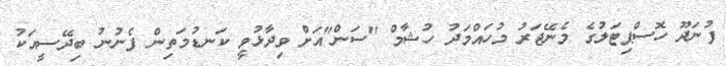
ފުނަދޫ ހޮސްޕިޓަލުގެ މެނޭޖަރު މުހައްމަދު ހުޝާމް "ސަން"އަށް ވިދާޅުވީ ކަނޑުމަތިން ފެނުނު ބިދޭސީއަކު